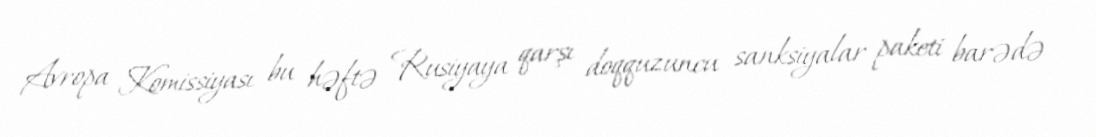
Avropa Komissiyası bu həftə Rusiyaya qarşı doqquzuncu sanksiyalar paketi barədə